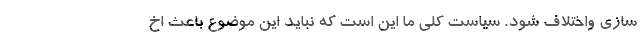
سازی واختلاف شود. سیاست کلی ما این است که نباید این موضوع باعث اخ